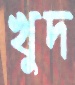
খুদ